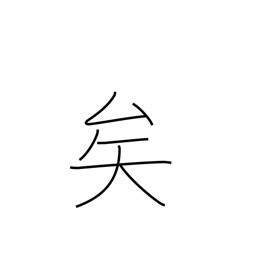
Meaning: sentence particle